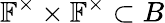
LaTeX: \mathbb{F}^{\times}\times\mathbb{F}^{\times}\subset B